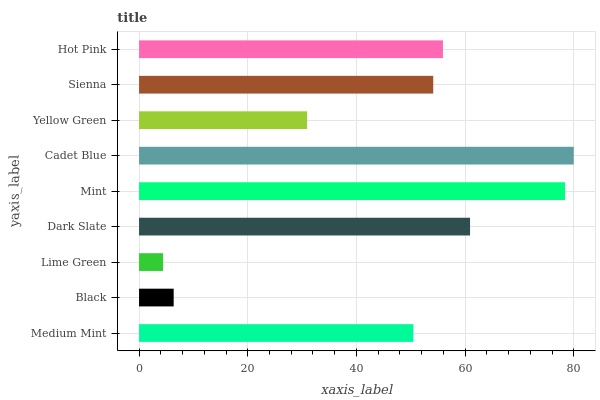
| yaxis_label | bars |
 | --- | --- |
 | Medium Mint | 50.5 |
 | Black | 6.37 |
 | Lime Green | 4.42 |
 | Dark Slate | 60.9 |
 | Mint | 78.4 |
 | Cadet Blue | 80 |
 | Yellow Green | 30.9 |
 | Sienna | 54.1 |
 | Hot Pink | 55.9 |